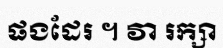
ផងដែរ ។ វា រក្សា